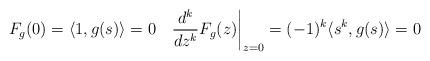
LaTeX: \begin{gather*}F_g(0)= \left\langle 1, g(s) \right\rangle=0\quad\frac{d^k}{dz^k} F_g(z) \bigg|_{z=0}= (-1)^k \langle s^k, g(s) \rangle= 0\end{gather*}